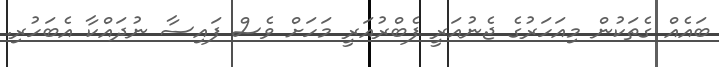
ބައެއް ގެތަކުން މިއަހަރުގެ ޖެނުއަރީ ފެބްރުއަރީ މަހަށް ވެސް ފައިސާ ނުދައްކާ އެބަހުރި.